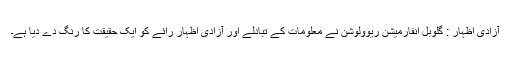
آزادی اظہار : گلوبل انفارمیشن ریوولوشن نے معلومات کے تبادلے اور آزادی اظہار رائے کو ایک حقیقت کا رنگ دے دیا ہے۔